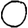
Digit: 0